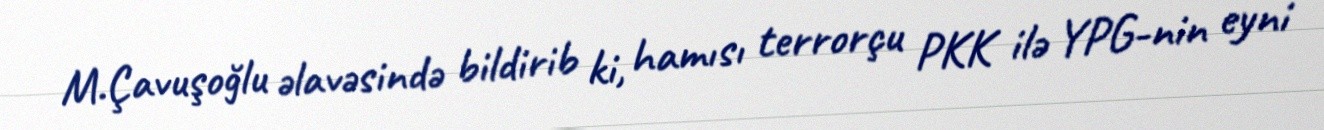
M.Çavuşoğlu əlavəsində bildirib ki, hamısı terrorçu PKK ilə YPG-nin eyni